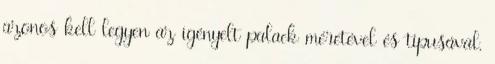
azonos kell legyen az igényelt palack méretével és típusával,